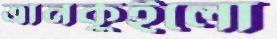
ত্রানকুইলো